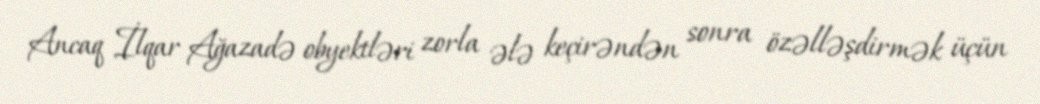
Ancaq İlqar Ağazadə obyektləri zorla ələ keçirəndən sonra özəlləşdirmək üçün